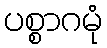
ပစ္စာဂမုံ